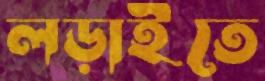
লড়াইতে